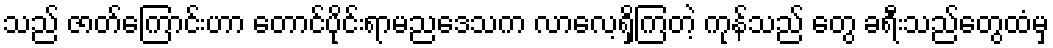
သည် ဇာတ်ကြောင်းဟာ တောင်ပိုင်းရာမညဒေသက လာလေ့ရှိကြတဲ့ ကုန်သည် တွေ ခရီးသည်တွေထံမှ